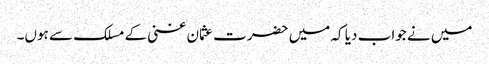
میں نے جواب دیا کہ میں حضرت عثمان غنی کے مسلک سے ہوں۔